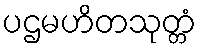
ပဌမဟိတသုတ္တံ